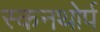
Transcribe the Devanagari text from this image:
स्कनथोर्प